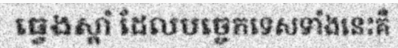
ធ្វេងស្តាំ ដែលបច្ចេកទេសទាំងនេះគឺ